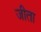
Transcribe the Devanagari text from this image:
जीता